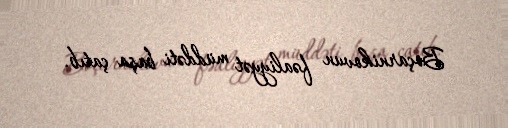
Boçarnikovun fəaliyyət müddəti başa çatıb.